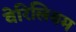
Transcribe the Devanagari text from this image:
वेरिलियम